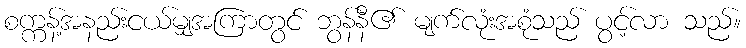
စက္ကန့်အနည်းငယ်မျှအကြာတွင် ဘွန်နီ၏ မျက်လုံးအစုံသည် ပွင့်လာ သည်။